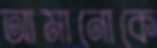
আমানোকে